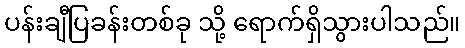
ပန်းချီပြခန်းတစ်ခု သို့ ရောက်ရှိသွားပါသည်။